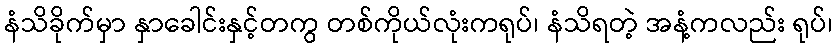
နံသိခိုက်မှာ နှာခေါင်းနှင့်တကွ တစ်ကိုယ်လုံးကရုပ်၊ နံသိရတဲ့ အနံ့ကလည်း ရုပ်၊